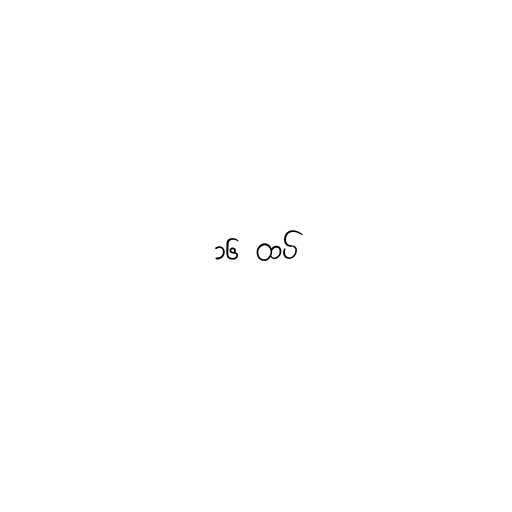
၁၆ ထပ်